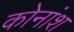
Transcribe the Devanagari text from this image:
कोनांश